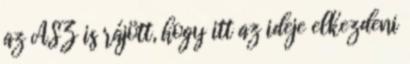
az ÁSZ is rájött, hogy itt az ideje elkezdeni